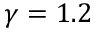
\gamma = 1 . 2